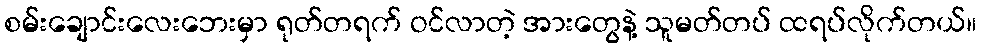
စမ်းချောင်းလေးဘေးမှာ ရုတ်တရက် ဝင်လာတဲ့ အားတွေနဲ့ သူမတ်တပ် ထရပ်လိုက်တယ်။